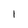
Character: 1